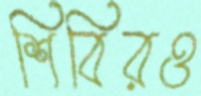
শিবিরও